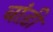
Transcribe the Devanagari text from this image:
बांड़ी